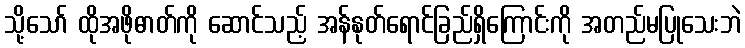
သို့သော် ထိုအဖိုဓာတ်ကို ဆောင်သည့် အန်နုတ်ရောင်ခြည်ရှိကြောင်းကို အတည်မပြုသေးဘဲ